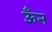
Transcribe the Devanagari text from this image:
ऊँन